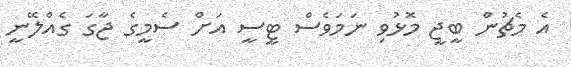
އެ މެޗުން ބީޖީ މޮޅުވި ނަމަވެސް ޓީސީ އަށް ސެމީގެ ޖާގަ ގެއްލޭނީ